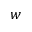
w